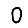
Digit: 0